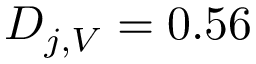
D _ { j , V } = 0 . 5 6